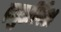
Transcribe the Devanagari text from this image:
ब्र्युडर्लिश